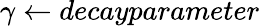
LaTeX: \gamma\gets\textit{decayparameter}